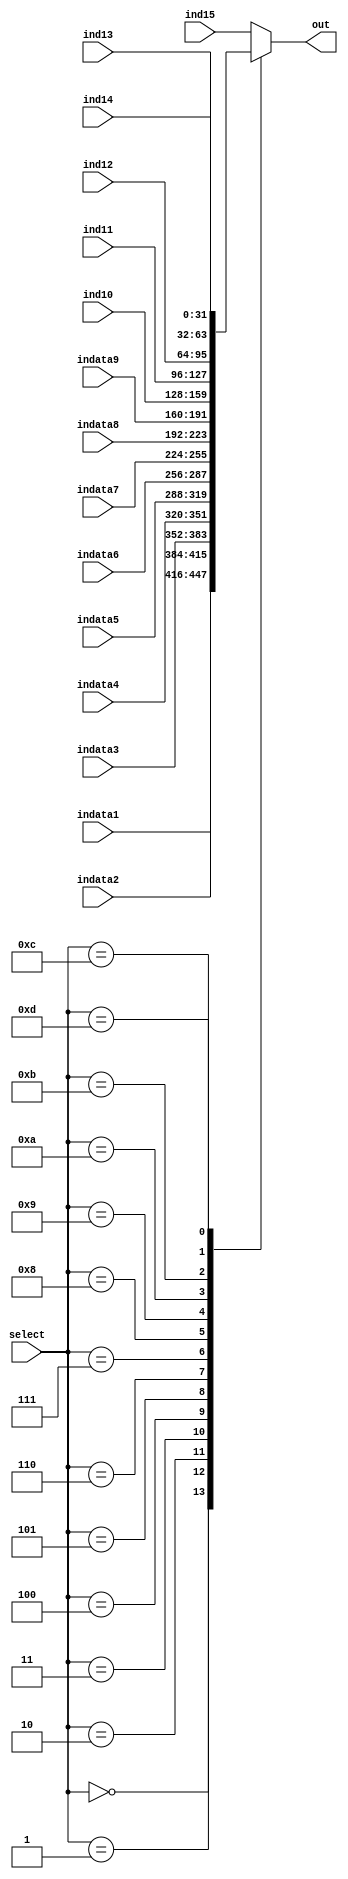
module mux15x1 (
    input [31:0]indata1,
    input [31:0]indata2,
    input [31:0]indata3,
    input [31:0]indata4,
    input [31:0]indata5,
	input [31:0]indata6,
	input [31:0]indata7,
    input [31:0]indata8,
    input [31:0]indata9,
    input [31:0]ind10,
    input [31:0]ind11,
    input [31:0]ind12,
    input [31:0]ind13,
    input [31:0]ind14,
    input [31:0]ind15,
    input [3:0]select,
    output reg [31:0] out
);

always @(*) begin
    case (select)
        4'b0000:begin
            out<=indata1;
        end
        4'b0001:begin
            out<=indata2;
        end
        4'b0010:begin
            out<=indata3;
        end
        4'b0011:begin
            out<=indata4;
        end
        4'b0100:begin
            out<=indata5;
        end
		4'b0101:begin
            out<=indata6;
        end
		4'b0110:begin
            out<=indata7;
        end
		4'b0111:begin
            out<=indata8;
        end
        4'b1000:begin
            out<=indata9;
        end
        4'b1001:begin
            out<=ind10;
        end
        4'b1010:begin
            out<=ind11;
        end
        4'b1011:begin
            out<=ind12;
        end
        4'b1100:begin
            out<=ind13;
        end
        4'b1101:begin
            out<=ind14;
        end
		default:begin
            out<=ind15;
        end
    endcase
end
    
endmodule